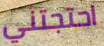
احتجتني